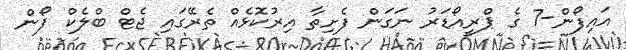
އައިފޯން-7 ގެ ޕްރީއޯޑަރު ނަގަން ފެށިތާ އިރުކޮޅެއް ތެރޭގައި ޖެޓް ބްލެކް ފޯން